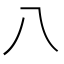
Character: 八